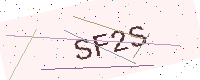
Text: SF2S